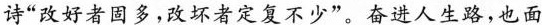
诗“改好者固多，改坏者定复不少”。奋进人生路，也面